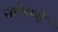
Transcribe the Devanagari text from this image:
सम्मेलनो